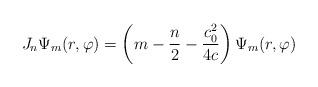
LaTeX: \begin{align*} J_n\Psi_m(r,\varphi) = \left(m-\frac n2 - \frac{c_0^2}{4c}\right)\Psi_m(r,\varphi)\end{align*}